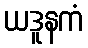
ယဒူနကံ